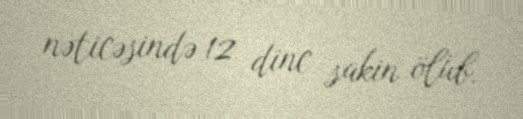
nəticəsində 12 dinc sakin ölüb.